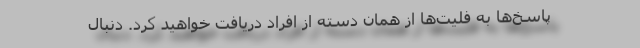
پاسخ‌ها به فلیت‌ها از همان دسته از افراد دریافت خواهید کرد. دنبال